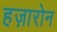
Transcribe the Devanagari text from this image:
हज़ारोन